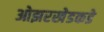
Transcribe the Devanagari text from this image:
ओझरखेडकडे